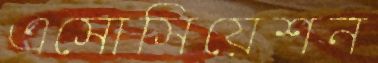
এসোসিয়েশন